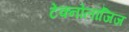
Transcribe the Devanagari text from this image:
टेक्नोलॉजिज